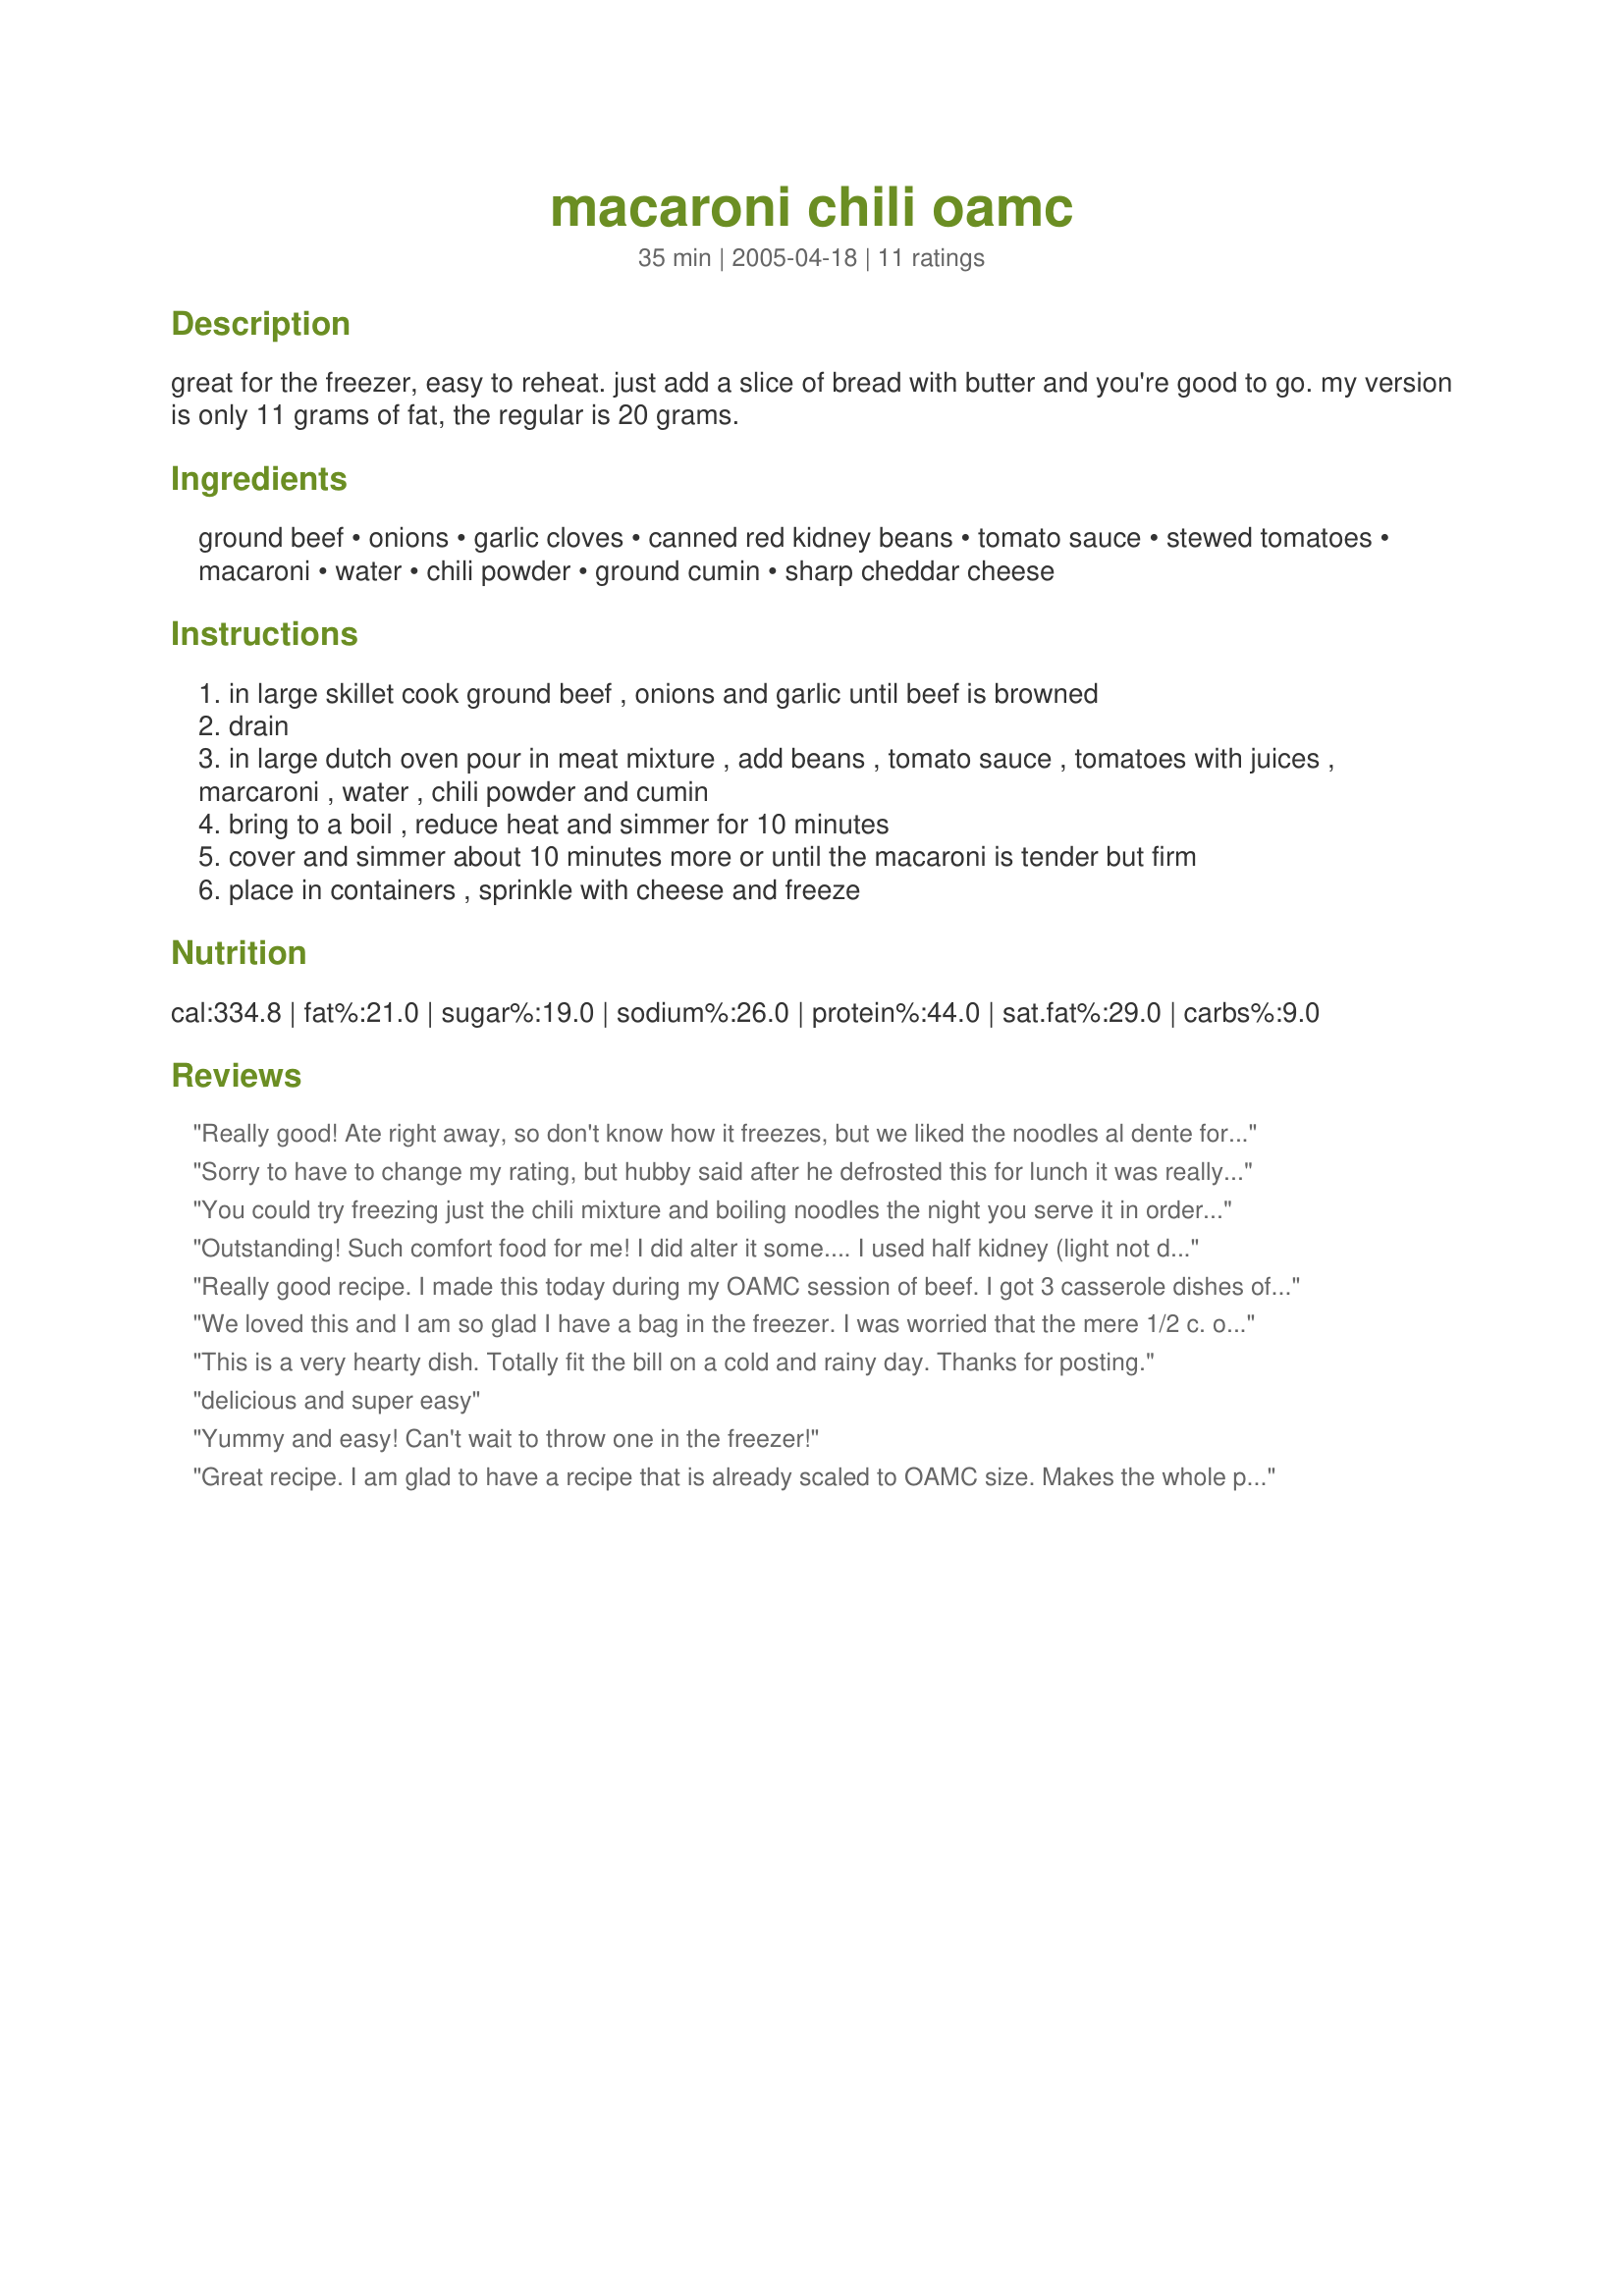
macaroni chili oamc
Preparation time: 35 minutes

great for the freezer, easy to reheat. just add a slice of bread with butter and you're good to go. my version is only 11 grams of fat, the regular is 20 grams.

Ingredients:
ground beef, onions, garlic cloves, canned red kidney beans, tomato sauce, stewed tomatoes, macaroni, water, chili powder, ground cumin, sharp cheddar cheese

Steps:
in large skillet cook ground beef , onions and garlic until beef is browned
drain
in large dutch oven pour in meat mixture , add beans , tomato sauce , tomatoes with juices , marcaroni , water , chili powder and cumin
bring to a boil , reduce heat and simmer for 10 minutes
cover and simmer about 10 minutes more or until the macaroni is tender but firm
place in containers , sprinkle with cheese and freeze

Reviews:
Really good! Ate right away, so don't know how it freezes, but we liked the noodles al dente for the health benefits. I used ground venison and whole wheat noodles and didn't even feel the need for cheese. Thanks for posting!
Sorry to have to change my rating, but hubby said after he defrosted this for lunch it was really mushy, and he didn't enjoy it at all. This was surprising coming from him because he is the least picky person I know. I guess I won't be making this again.
You could try freezing just the chili mixture and boiling noodles the night you serve it in order to avoid the soggy noodle problem. It would still be a really quick meal. Just boil the noodles while the rest is reheating.
Outstanding! Such comfort food for me! I did alter it some.... I used half kidney (light not dark) and half black beans. I found that I needed twice as much tomato sauce so I added a can of Hunt's Zesty Tomato sauce in the can--- this spicier version didn't add too much italien zest. I doubled the chili and cumin-- used ground adobo powder. I used red fat cheddar. This was just so good! I have to figure out how to get a pan big enough to tripple recipe next time.
Really good recipe. I made this today during my OAMC session of beef. I got 3 casserole dishes of this frozen in the freezer. Very tasty. Thanks for the recipe.
We loved this and I am so glad I have a bag in the freezer. I was worried that the mere 1/2 c. of water wouldn't be enough, but it was fine, especially after simmering with the lid on. This is not a soupy chili, though. Once my DD6 understand we were having chili with macaroni, not macaroni and cheese with salsa in it, she was very excited and ended up eating seconds and asking that she have leftovers for lunch - very high praise indeed from my picky girl. Thank you for posting. I can't wait to see how this fares from the freezer. :)
This is a very hearty dish. Totally fit the bill on a cold and rainy day. Thanks for posting.
delicious and super easy
Yummy and easy! Can't wait to throw one in the freezer!
Great recipe. I am glad to have a recipe that is already scaled to OAMC size. Makes the whole process so much easier.
Thanks for submitting!!!
It was excellent and the kids gobbled it up! My only regret is that the noodles came out too soft... I like my pasta "al dente" and when it's cooked, sitting in liquid then reheated, it gets too soft. Next time, I'll try to not cook the pasta all the way through before freezing. Thanks for posting!
